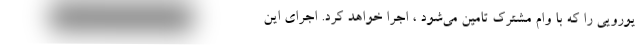
یورویی را که با وام مشترک تامین می‌شود ، اجرا خواهد کرد. اجرای این